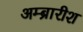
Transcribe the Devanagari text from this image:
अम्ब्रारीश